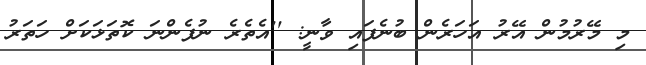
މި މޭރުމުން އޭރު އަހަރެން ބުނެފައި ވާނީ: ''އެތެރެ ނުފެންނަ ކޮތަޅަކަށް ހަތަރު